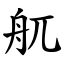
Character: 䑢